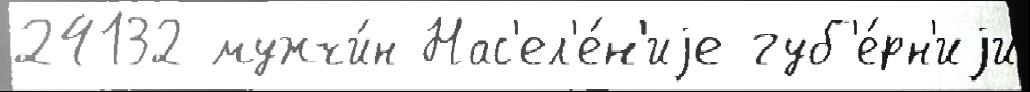
24132 мужчи́н Нас'ел'е́н'иjе губ'е́рн'иjи